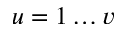
u = 1 \ldots v